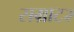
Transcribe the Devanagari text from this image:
सम्राट२